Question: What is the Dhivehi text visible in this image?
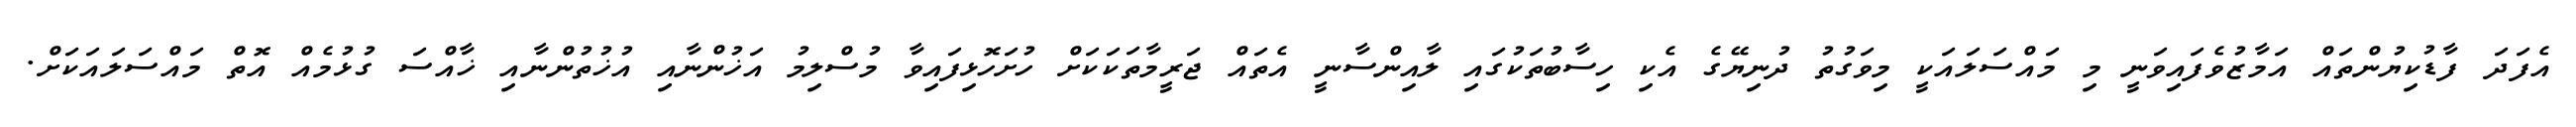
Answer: އެފަދަ ފާޑުކިޔުންތައް އަމާޒުވެފައިވަނީ މި މައްސަލައަކީ މިވަގުތު ދުނިޔޭގެ އެކި ހިސާބުތަކުގައި ލާއިންސާނީ އެތައް ޖަރީމާތަކަކަށް ހުށަހޮޅިފައިވާ މުސްލިމު އަޚުންނާއި އުޚުތުންނާއި ޚާއްސަ ގުޅުމެއް އޮތް މައްސަލައަކަށް.